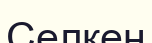
Селкен